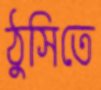
ঠুসিতে